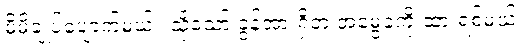
မိမိချုပ်ပျောက်မယ်။ သို့သော် ခွန်အားရှိတဲ့ အမွေခံကို ထားရစ်မယ်။